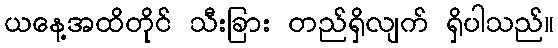
ယနေ့အထိတိုင် သီးခြား တည်ရှိလျက် ရှိပါသည်။